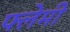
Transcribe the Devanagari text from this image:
फ्लेमी